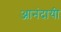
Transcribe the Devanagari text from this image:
आनंदायी